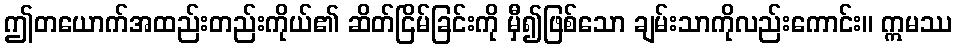
ဤတယောက်အထည်းတည်းကိုယ်၏ ဆိတ်ငြိမ်ခြင်းကို မှီ၍ဖြစ်သော ချမ်းသာကိုလည်းကောင်း။ ဣမဿ